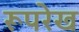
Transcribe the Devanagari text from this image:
रूपरेख